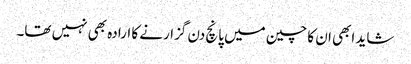
شاید ابھی ان کا چین میں پانچ دن گزارنے کا ارادہ بھی نہیں تھا۔